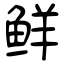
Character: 鲜